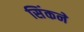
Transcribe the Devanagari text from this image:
सिंकने